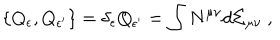
LaTeX: \{ Q _ { \epsilon } , Q _ { \epsilon ^ { \prime } } \} = \delta _ { \epsilon } Q _ { \epsilon ^ { \prime } } = \int N ^ { \mu \nu } d \Sigma _ { \mu \nu } \ ,